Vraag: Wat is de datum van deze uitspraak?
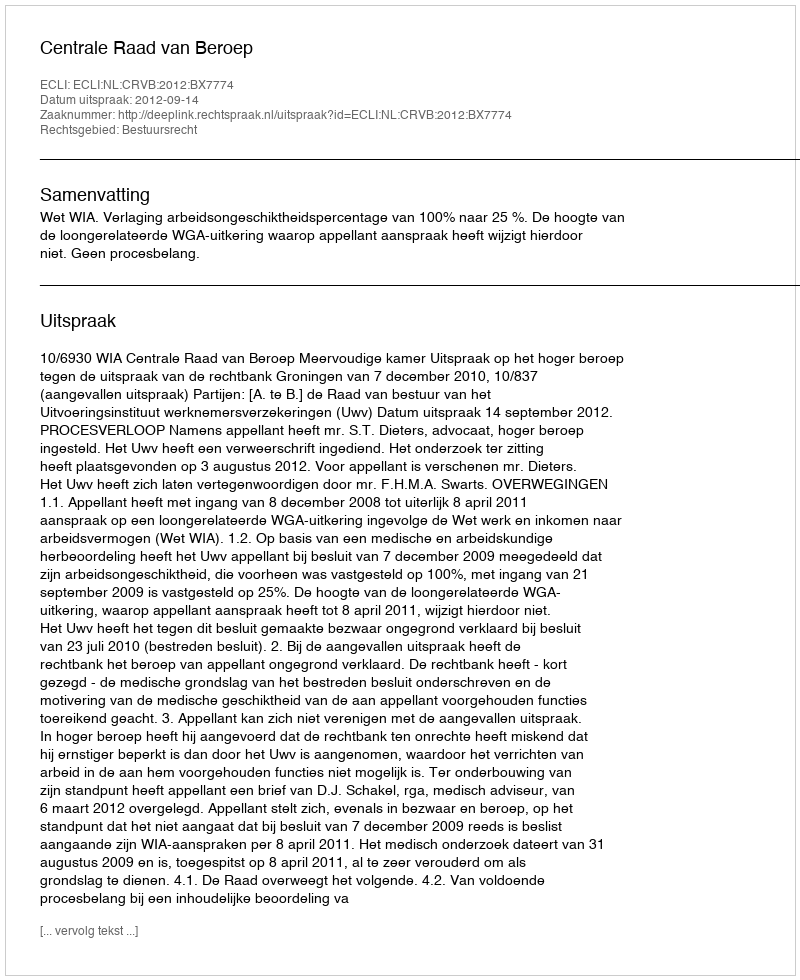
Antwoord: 2012-09-14